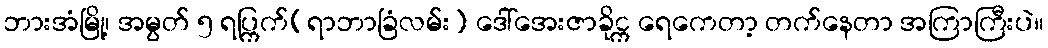
ဘားအံမြို့၊ အမွတ် ၅ ရပ္ကြက်(ရာဘာခြံလမ်း) ဒေါ်အေးဇာခိုင္က ရေကေတာ့ တက်နေတာ အကြာကြီးပဲ။